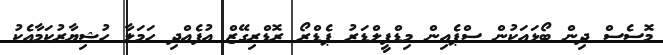
މޮސެސް ދިން ބޯޅައަކުން ސްޕެއިން މިޑްފީލްޑަރު ޕެޑްރޯ ރޮޑްރިގޭޒް އުފެއްދި ހަމަލާ ހުޝިޔާރުކަމާއެކު